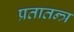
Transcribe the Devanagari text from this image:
प्रतातन्त्र